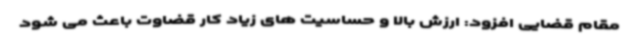
مقام قضایی افزود: ارزش بالا و حساسیت های زیاد کار قضاوت باعث می شود